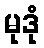
မုဒုံ